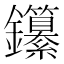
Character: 𨰭